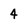
Character: 4